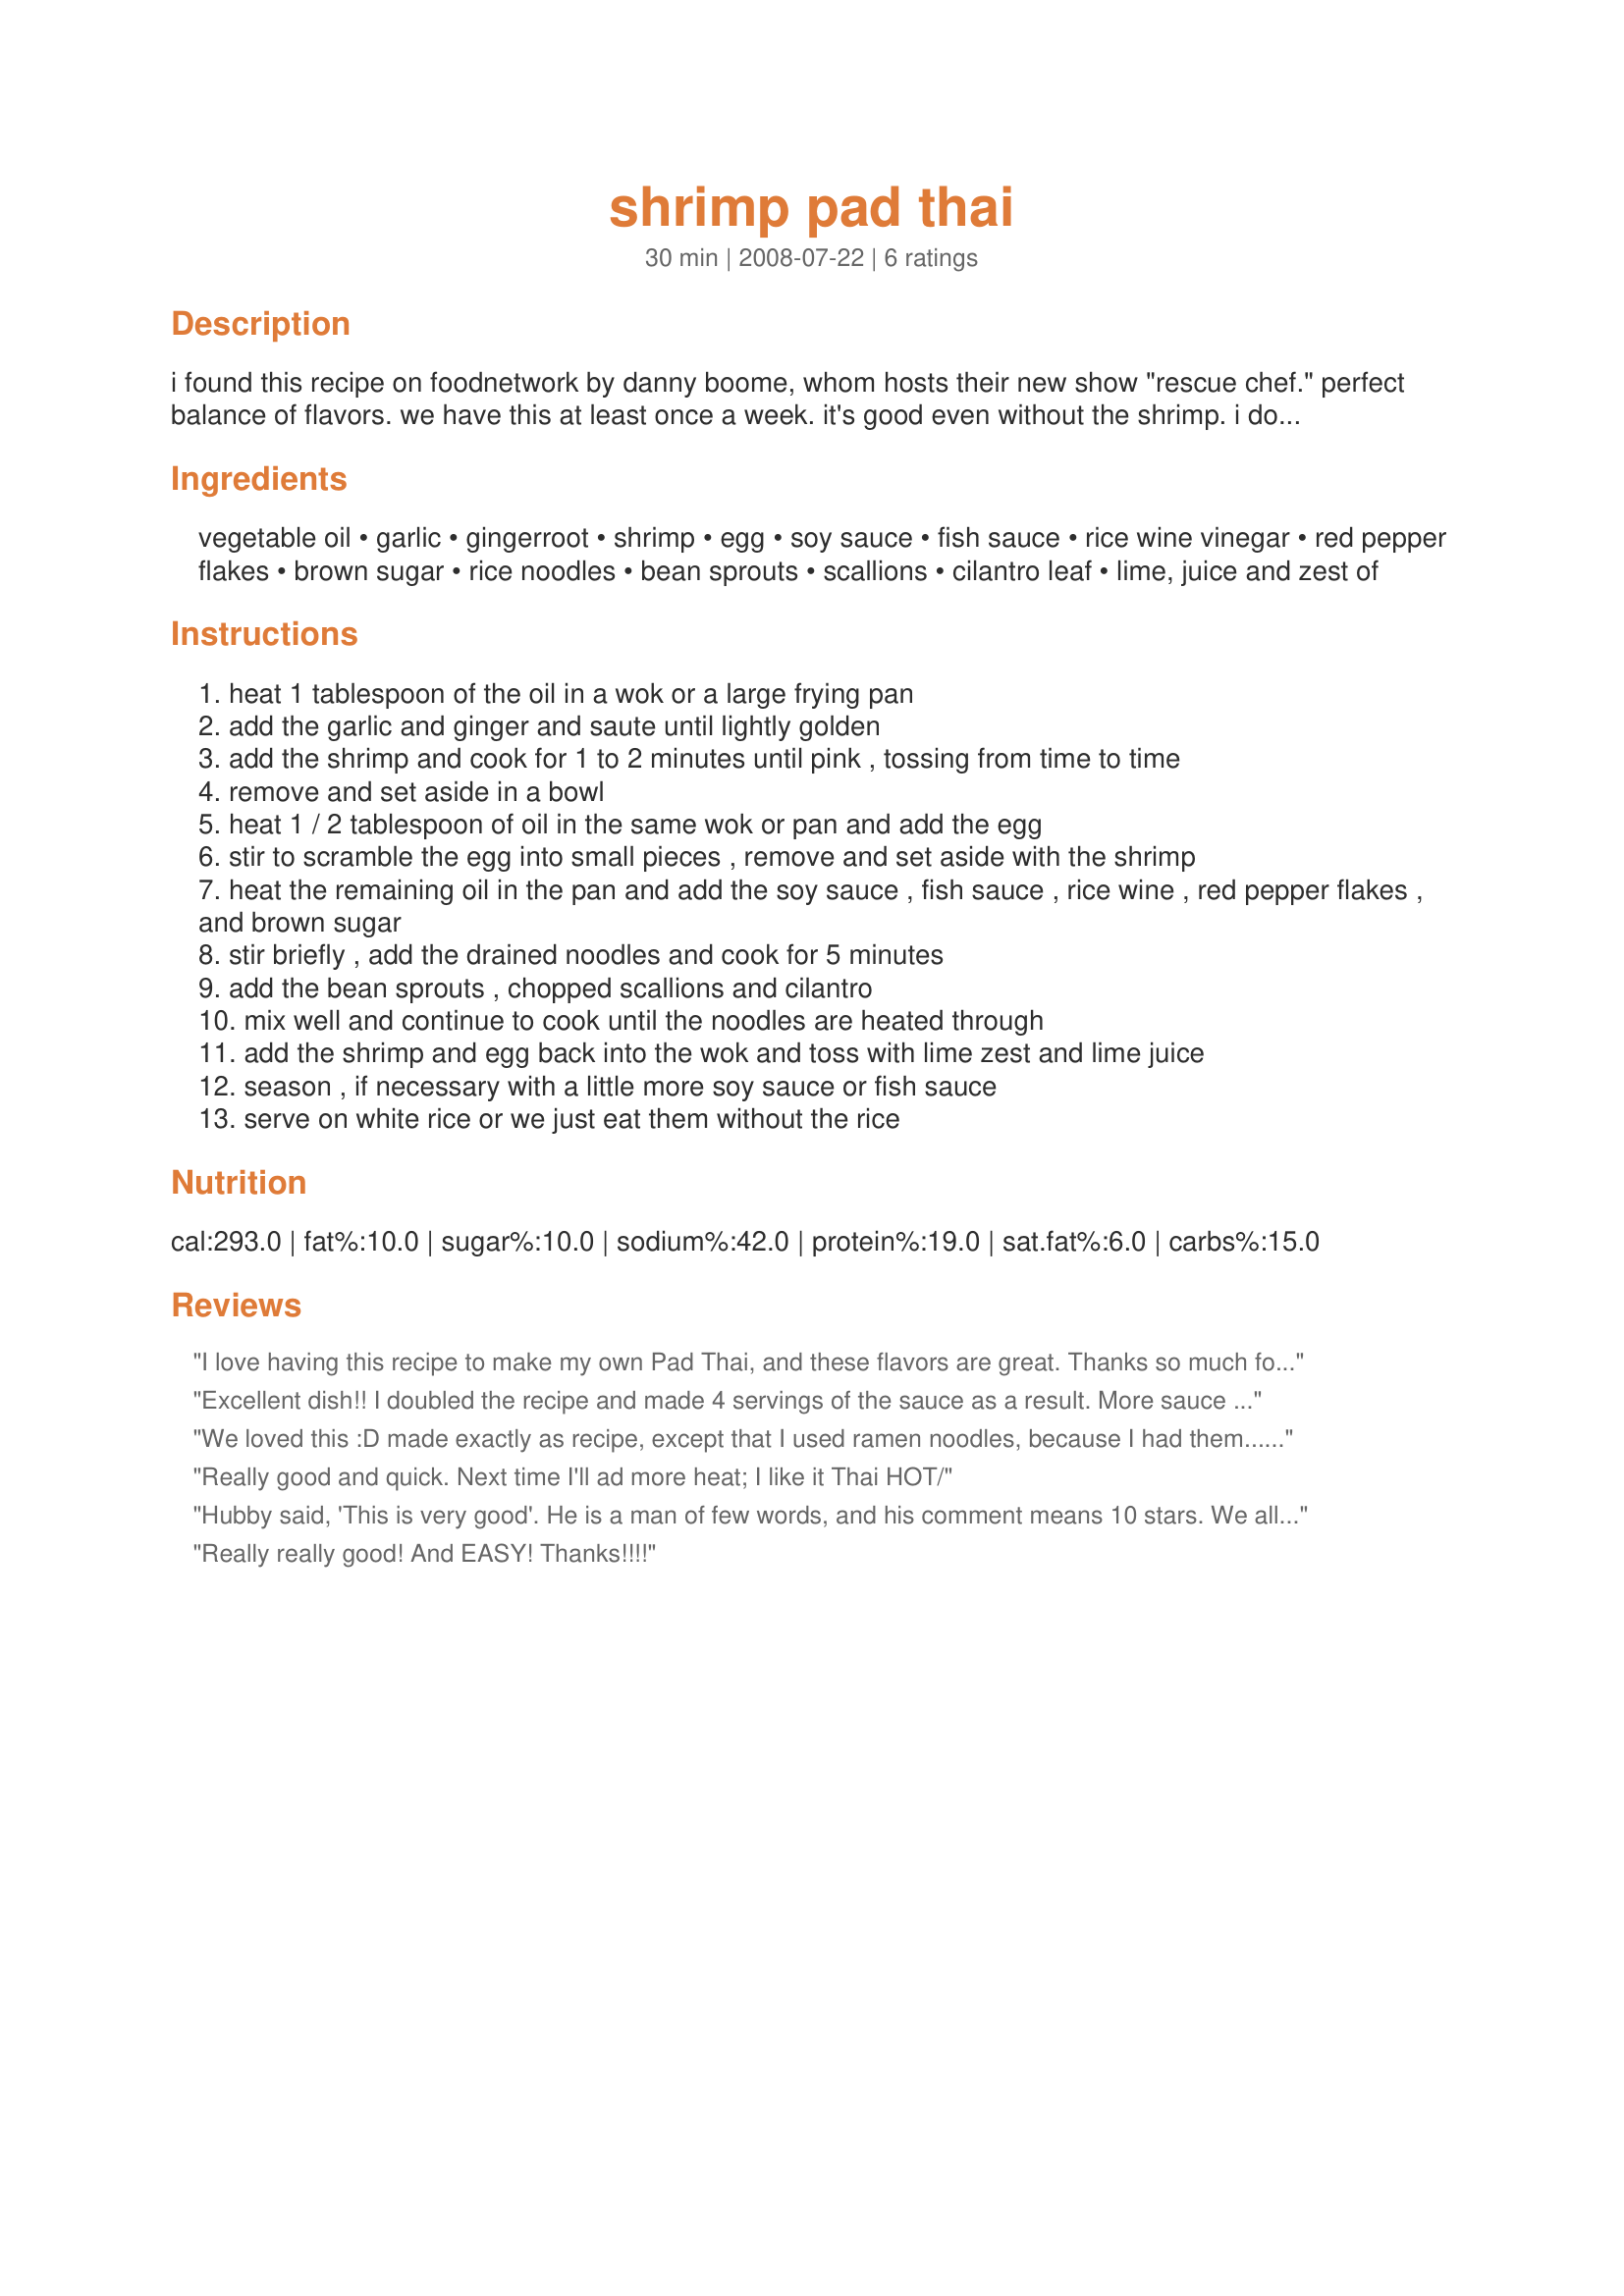
shrimp pad thai
Preparation time: 30 minutes

i found this recipe on foodnetwork by danny boome, whom hosts their new show "rescue chef." perfect balance of flavors. we have this at least once a week. it's good even without the shrimp. i double the sauce because our family likes it saucier. i also have all ingredients ready before i begin cooking.

Ingredients:
vegetable oil, garlic, gingerroot, shrimp, egg, soy sauce, fish sauce, rice wine vinegar, red pepper flakes, brown sugar, rice noodles, bean sprouts, scallions, cilantro leaf, lime, juice and zest of

Steps:
heat 1 tablespoon of the oil in a wok or a large frying pan
add the garlic and ginger and saute until lightly golden
add the shrimp and cook for 1 to 2 minutes until pink , tossing from time to time
remove and set aside in a bowl
heat 1 / 2 tablespoon of oil in the same wok or pan and add the egg
stir to scramble the egg into small pieces , remove and set aside with the shrimp
heat the remaining oil in the pan and add the soy sauce , fish sauce , rice wine , red pepper flakes , and brown sugar
stir briefly , add the drained noodles and cook for 5 minutes
add the bean sprouts , chopped scallions and cilantro
mix well and continue to cook until the noodles are heated through
add the shrimp and egg back into the wok and toss with lime zest and lime juice
season , if necessary with a little more soy sauce or fish sauce
serve on white rice or we just eat them without the rice

Reviews:
I love having this recipe to make my own Pad Thai, and these flavors are great. Thanks so much for posting! Made for Spring PAC 2009.
Excellent dish!! I doubled the recipe and made 4 servings of the sauce as a result. More sauce is needed otherwise it is dry. The amount was perfect for a doubled recipe. This dish is full of flavor! I think next time I make it, I will cut down on the lime zest and juice. It overpowered the rest of the flavors, but adds a nice fresh taste. Thanks for sharing!
We loved this :D made exactly as recipe, except that I used ramen noodles, because I had them.... I used 2 x 75gr packets for the two of us, and therefore didn't serve this dish with anything extra, like rice.

oh, and I added green beans, again, because I had them, and I didn't have scallions. But the basic dish is JUST as per recipe :D and it was jolly good, a little spicy, a little tart, that special Thai taste, lovely blend of flavours.. something a little different for us, it made a lovely supper when we were having a quiet evening in, just the two of us! :D
Really good and quick. Next time I'll ad more heat; I like it Thai HOT/
Hubby said, 'This is very good'. He is a man of few words, and his comment means 10 stars. We all thoroughly enjoyed this dish. Took your advice and doubled the sauce (except for the red pepper flakes). More sauce is perfect. But the whole dish is wonderful. Thanks so much.
Really really good! And EASY! Thanks!!!!
